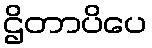
ဌိတာပိပေ